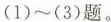
(1)～(3)题。